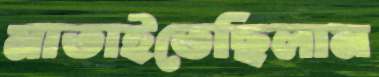
মাতাইতেছিলাম